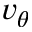
v _ { \theta }